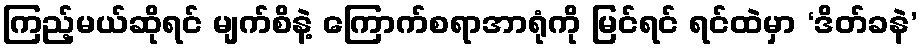
ကြည့်မယ်ဆိုရင် မျက်စိနဲ့ ကြောက်စရာအာရုံကို မြင်ရင် ရင်ထဲမှာ ‘ဒိတ်ခနဲ’